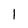
Character: 1